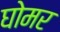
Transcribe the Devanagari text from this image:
घोमर